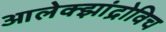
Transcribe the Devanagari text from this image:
आलेक्झांद्रोविच